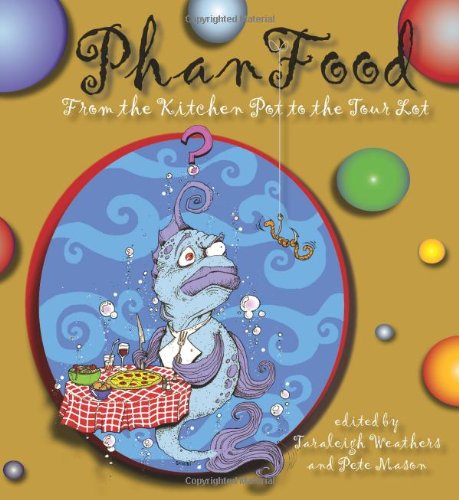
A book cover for Phanfood: From the Kitchen Pot to the Tour Lot (Excelsior Editions); Cookbooks, Food & Wine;